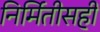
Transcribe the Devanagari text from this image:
निर्मितीसही